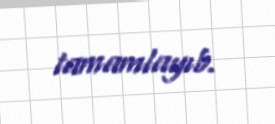
tamamlayıb.